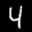
Label: 4